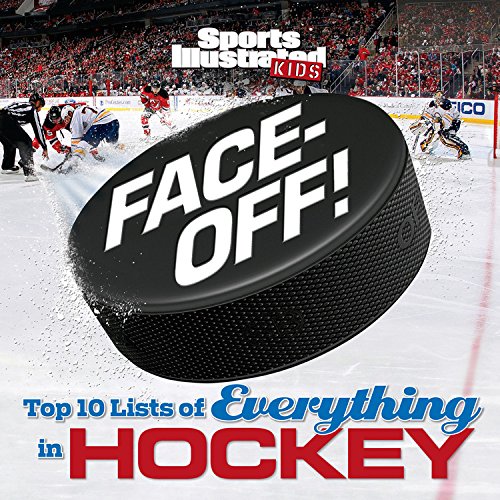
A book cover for Face-Off: Top 10 Lists of Everything in Hockey (Sports Illustrated Kids); The Editors of Sports Illustrated Kids; Children's Books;